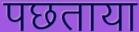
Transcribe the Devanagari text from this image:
पछताया